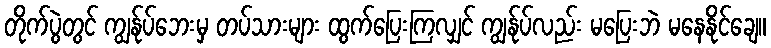
တိုက်ပွဲတွင် ကျွန်ုပ်ဘေးမှ တပ်သားများ ထွက်ပြေးကြလျှင် ကျွန်ုပ်လည်း မပြေးဘဲ မနေနိုင်ချေ။